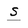
Character: S